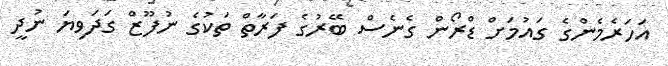
އަހަރެމެންގެ ގައުމަށް ޑްރޯން ގެނެސް ބޭރުގެ ފަރާތް ތަކުގެ ނުފޫޒް ގަދަވިޔަ ނުދީ